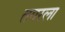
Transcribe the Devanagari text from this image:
तगरला